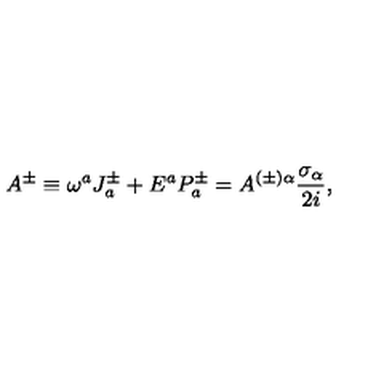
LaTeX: A ^ { \pm } \equiv \omega ^ { a } J _ { a } ^ { \pm } + E ^ { a } P _ { a } ^ { \pm } = A ^ { ( \pm ) \alpha } \frac { \sigma _ { \alpha } } { 2 i } ,